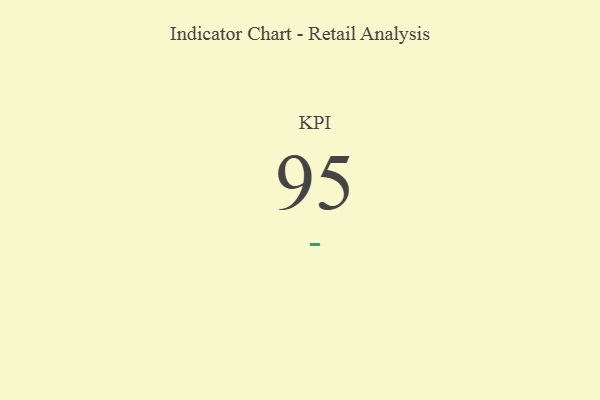
{"axis": {"x": "KPI", "y": "Value"}, "legend": [""], "data": [{"x": "KPI", "y": 95, "type": ""}]}